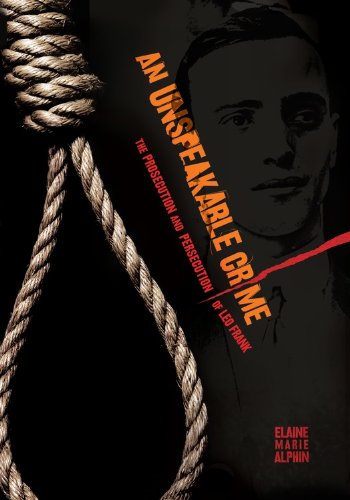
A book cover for An Unspeakable Crime: The Prosecution and Persecution of Leo Frank; Elaine Marie Alphin; Teen & Young Adult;